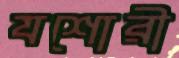
যশোরী